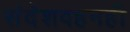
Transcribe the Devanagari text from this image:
संदेशवहनही